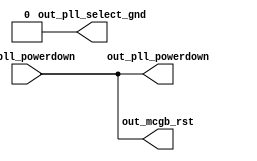
// ***************************************************************************
// ***************************************************************************
// Copyright (C) 2018-2023 Analog Devices, Inc. All rights reserved.
//
// In this HDL repository, there are many different and unique modules, consisting
// of various HDL (Verilog or VHDL) components. The individual modules are
// developed independently, and may be accompanied by separate and unique license
// terms.
//
// The user should read each of these license terms, and understand the
// freedoms and responsibilities that he or she has by using this source/core.
//
// This core is distributed in the hope that it will be useful, but WITHOUT ANY
// WARRANTY; without even the implied warranty of MERCHANTABILITY or FITNESS FOR
// A PARTICULAR PURPOSE.
//
// Redistribution and use of source or resulting binaries, with or without modification
// of this file, are permitted under one of the following two license terms:
//
//   1. The GNU General Public License version 2 as published by the
//      Free Software Foundation, which can be found in the top level directory
//      of this repository (LICENSE_GPL2), and also online at:
//      <https://www.gnu.org/licenses/old-licenses/gpl-2.0.html>
//
// OR
//
//   2. An ADI specific BSD license, which can be found in the top level directory
//      of this repository (LICENSE_ADIBSD), and also on-line at:
//      https://github.com/analogdevicesinc/hdl/blob/main/LICENSE_ADIBSD
//      This will allow to generate bit files and not release the source code,
//      as long as it attaches to an ADI device.
//
// ***************************************************************************
// ***************************************************************************

`timescale 1ns/100ps

module adi_jesd204_glue (
  input in_pll_powerdown,
  output out_pll_powerdown,
  output out_mcgb_rst,
  output out_pll_select_gnd
);

  assign out_pll_powerdown = in_pll_powerdown;
  assign out_mcgb_rst = in_pll_powerdown;
  assign out_pll_select_gnd = 1'b0;

endmodule